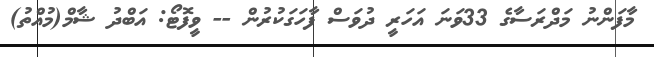
މާފަންނު މަދްރަސާގެ 33ވަނަ އަހަރީ ދުވަސް ފާހަގަކުރުން -- ވީފޮޓޯ: އަބްދު ޝާމް(މުއްތު)